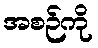
အစဉ်ကို